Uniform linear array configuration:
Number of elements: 24
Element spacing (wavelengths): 0.5
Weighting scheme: exponential
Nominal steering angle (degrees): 30
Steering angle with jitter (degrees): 29.899
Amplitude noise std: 0.05
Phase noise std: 0.05

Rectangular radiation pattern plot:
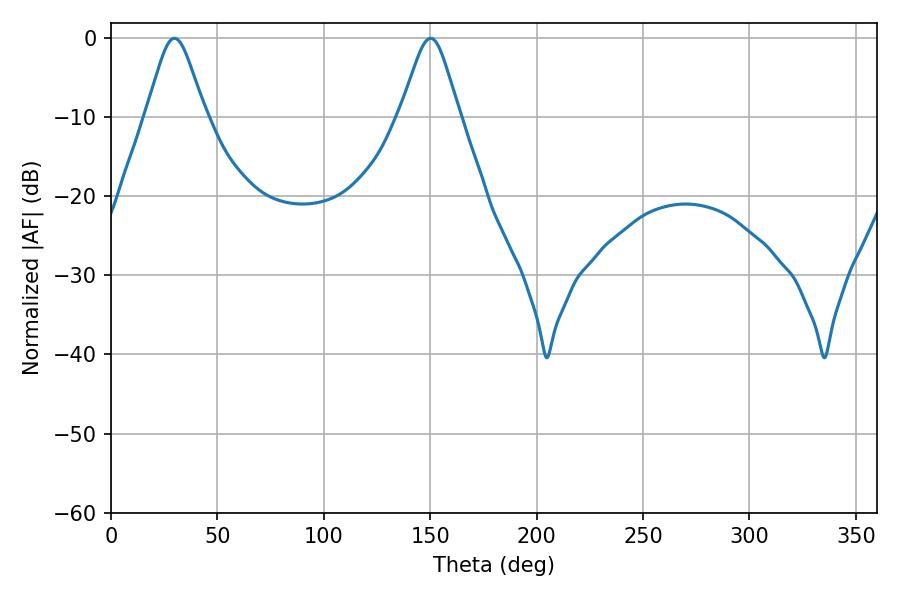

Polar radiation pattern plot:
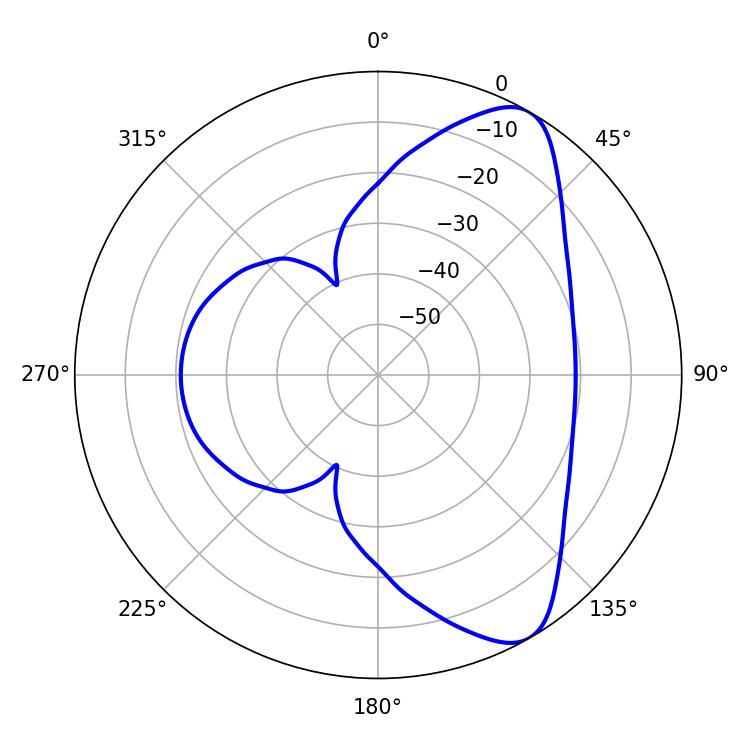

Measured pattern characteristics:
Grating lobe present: FALSE
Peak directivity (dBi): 8.386
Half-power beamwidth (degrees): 13.5
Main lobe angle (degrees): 29.88